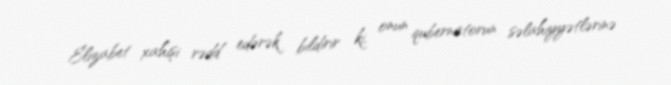
Elizabet xahişi rədd edərək bildirir ki, onun qubernatorun səlahiyyətlərinə